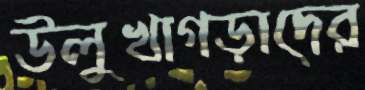
উলুখাগড়াদের